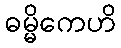
ဓမ္မိကေဟိ